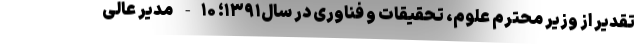
تقدیر از وزیر محترم علوم، تحقیقات و فناوری در سال۱۳۹۱؛ ۱۰- مدیر عالی